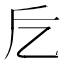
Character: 𠃘